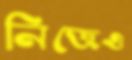
নিজেও